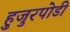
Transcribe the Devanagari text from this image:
हुजुरपोडी